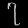
Digit: ၇